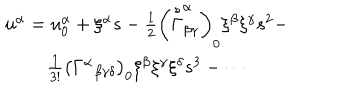
\begin{array} { c } { { u ^ { \alpha } = u _ { 0 } ^ { \alpha } + \xi ^ { \alpha } s - \frac 1 2 \left( \stackrel { s } { \Gamma } _ { \beta \gamma } ^ { \alpha } \right) _ { 0 } \xi ^ { \beta } \xi ^ { \gamma } s ^ { 2 } - } } \\ { { \frac 1 { 3 ! } \left( \Gamma ^ { \alpha } { } _ { \beta \gamma \delta } \right) _ { 0 } \xi ^ { \beta } \xi ^ { \gamma } \xi ^ { \delta } s ^ { 3 } - \cdots } } \\ \end{array}